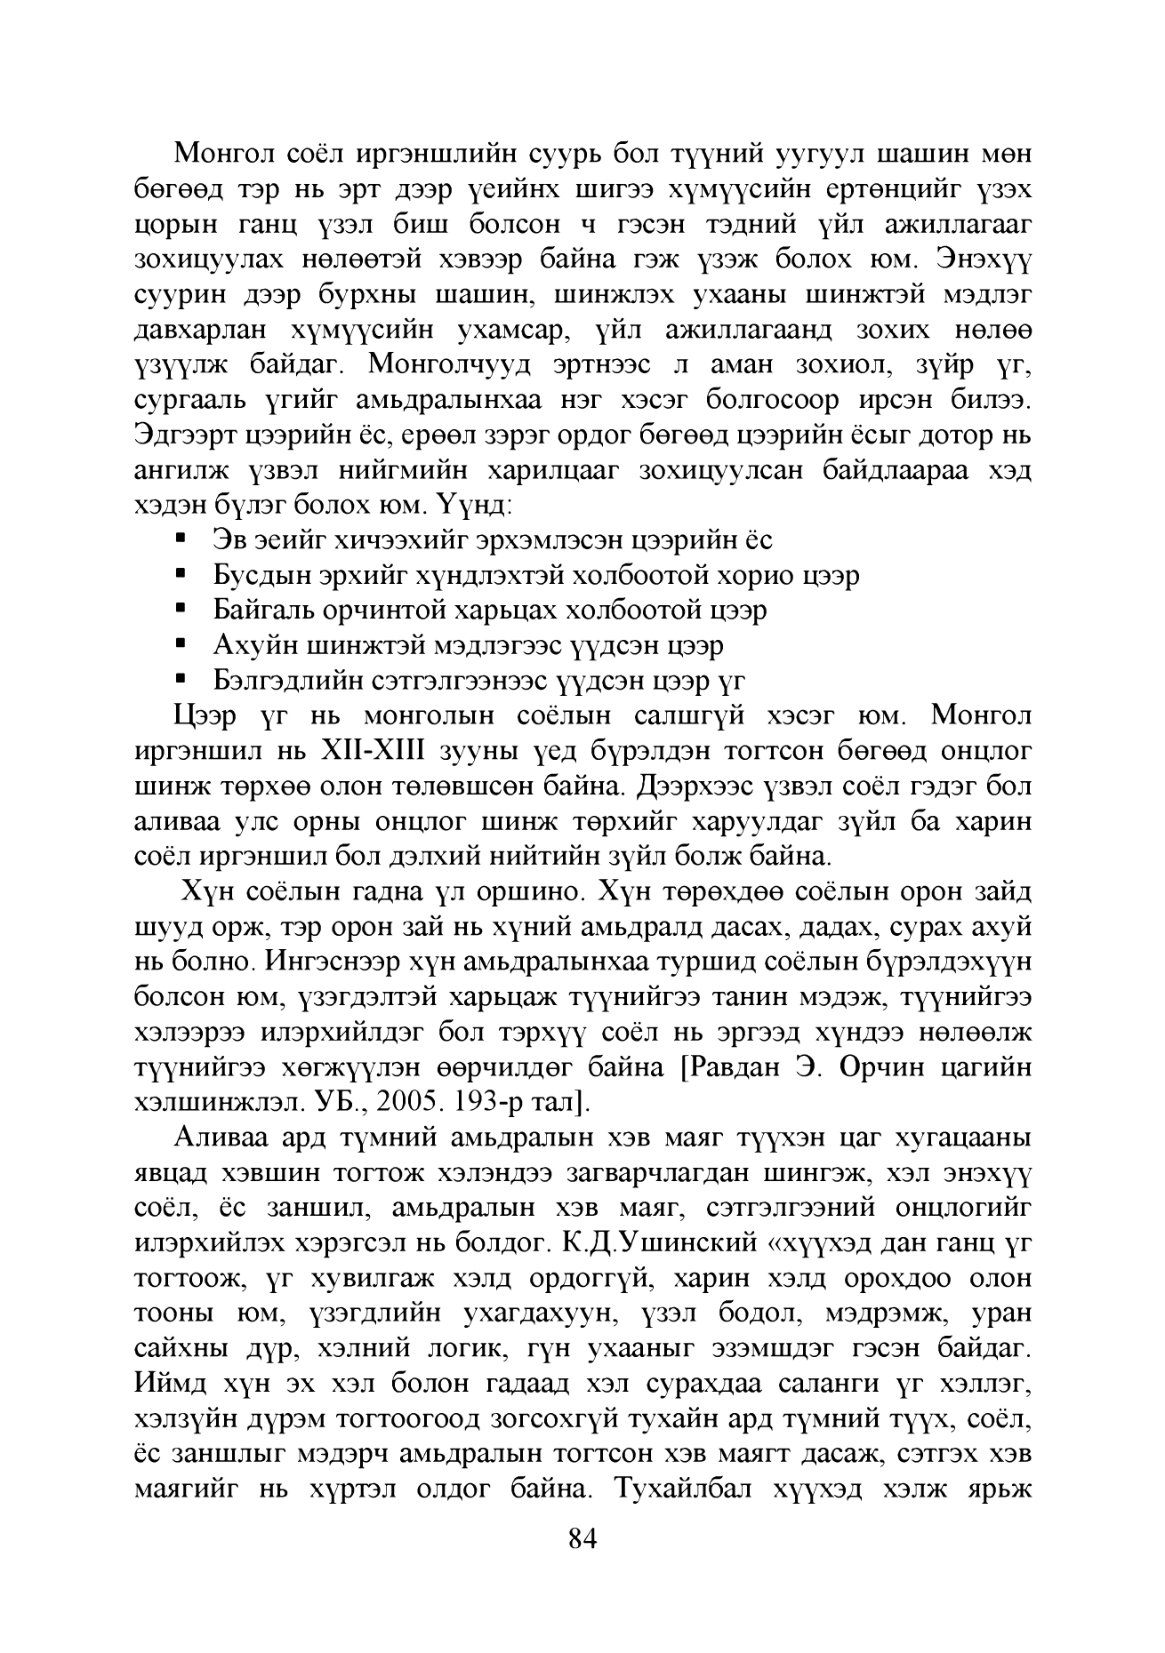
Language: mn